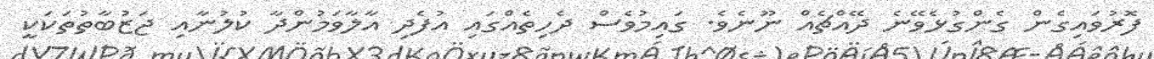
ފޮރުވައިގެން ގެންގުޅެވޭނެ ދޭއްޗެއް ނޫނެވެ. ގައިމުވެސް ދެހިތެއްގައި އުފެދި އާލާވަމުންދާ ކުލުނާއި ޖަޒުބާތުތަކަކީ